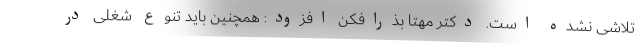
تلاشی نشده است. دکتر مهتا بذرافکن افزود: همچنین باید تنوع شغلی در